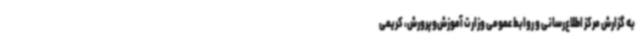
به گزارش مرکز اطلاع‌رسانی و روابط عمومی وزارت آموزش‌وپرورش، کریمی